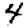
Digit: 4